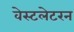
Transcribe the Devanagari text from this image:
वेस्टलेटरन